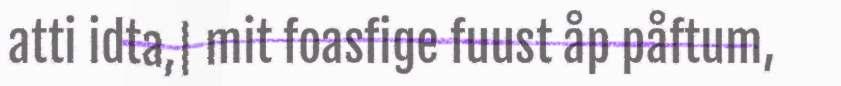
atti idta,| mit foasfige fuust åp påftum,